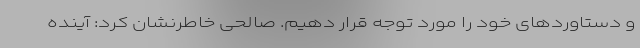
و دستاوردهای خود را مورد توجه قرار دهیم. صالحی خاطرنشان کرد: آینده